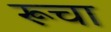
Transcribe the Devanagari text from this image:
रूचा